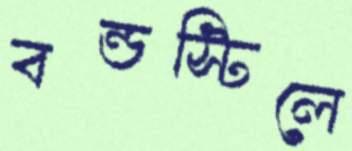
বন্ডস্টিলে